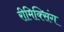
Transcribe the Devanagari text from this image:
रीमिक्सिंग